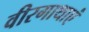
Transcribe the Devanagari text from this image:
वीरगाथाएं